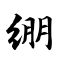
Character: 绷